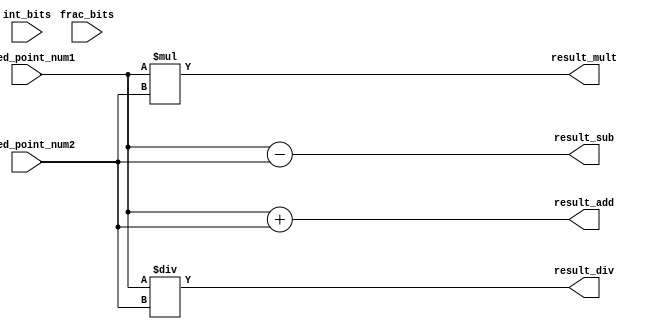
module fixed_point_converter (
    input signed [31:0] fixed_point_num1,
    input signed [31:0] fixed_point_num2,
    input [7:0] int_bits,
    input [7:0] frac_bits,
    output reg signed [31:0] result_add,
    output reg signed [31:0] result_sub,
    output reg signed [31:0] result_mult,
    output reg signed [31:0] result_div
);

// Addition module
always @* begin
    result_add = fixed_point_num1 + fixed_point_num2;
end

// Subtraction module
always @* begin
    result_sub = fixed_point_num1 - fixed_point_num2;
end

// Multiplication module
always @* begin
    result_mult = fixed_point_num1 * fixed_point_num2;
end

// Division module
always @* begin
    result_div = fixed_point_num1 / fixed_point_num2;
end

endmodule